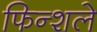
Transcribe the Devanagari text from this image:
फिन्शले